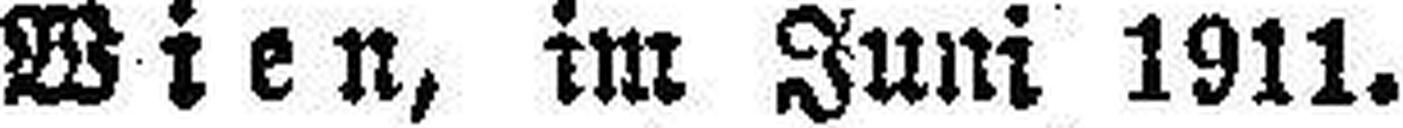
Wien, im Juni 1911.